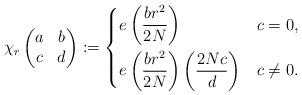
\begin{align*}\chi_r\begin{pmatrix}a&b\\c&d\end{pmatrix}:=\begin{dcases}e\left(\frac{br^2}{2N}\right) &c=0,\\e\left(\frac{br^2}{2N}\right)\left(\frac {2Nc}d\right)& c\neq0.\end{dcases}\end{align*}